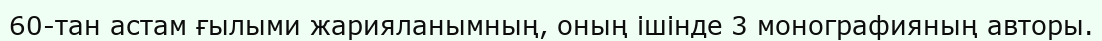
60-тан астам ғылыми жарияланымның, оның ішінде 3 монографияның авторы.